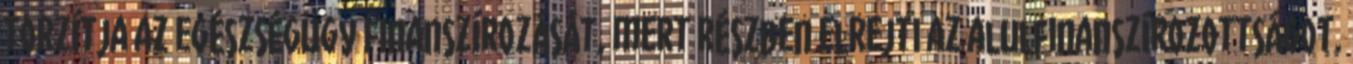
torzítja az egészségügy finanszírozását, mert részben elrejti az alulfinanszírozottságot.